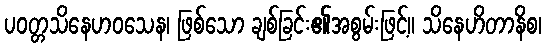
ပဝတ္တသိနေဟဝသေန၊ ဖြစ်သော ချစ်ခြင်း၏အစွမ်းဖြင့်။ သိနေဟိတာနိစ၊